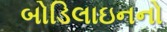
બોડિલાઇનનો